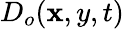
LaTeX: D_{o}(\mathbf{x},y,t)